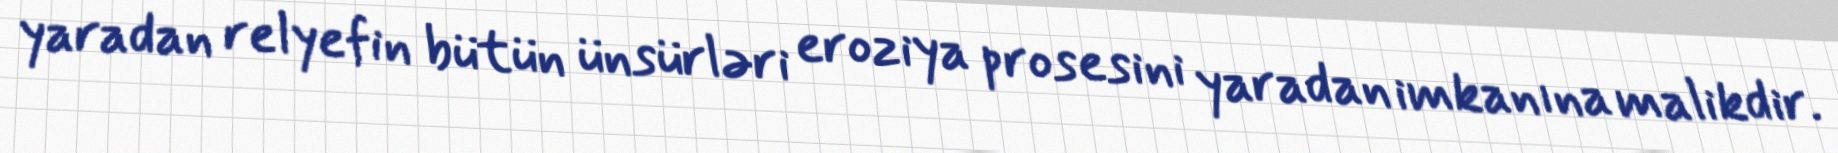
yaradan relyefin bütün ünsürləri eroziya prosesini yaradan imkanına malikdir.